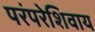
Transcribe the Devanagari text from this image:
परंपरेशिवाय